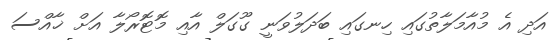
އަދި އެ މުއާމަލާތުގައި ހިނގައި ބަދަލުވަނީ ގޫގަލް އާއި މޮޓޮރޯލާ އަށް ޚާއްސަ